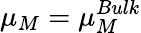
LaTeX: \mu_{M}=\mu_{M}^{Bulk}